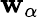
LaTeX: \mathbf{w}_{\alpha}